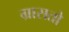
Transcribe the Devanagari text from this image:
ग्रासतो